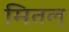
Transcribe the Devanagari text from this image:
मितल्